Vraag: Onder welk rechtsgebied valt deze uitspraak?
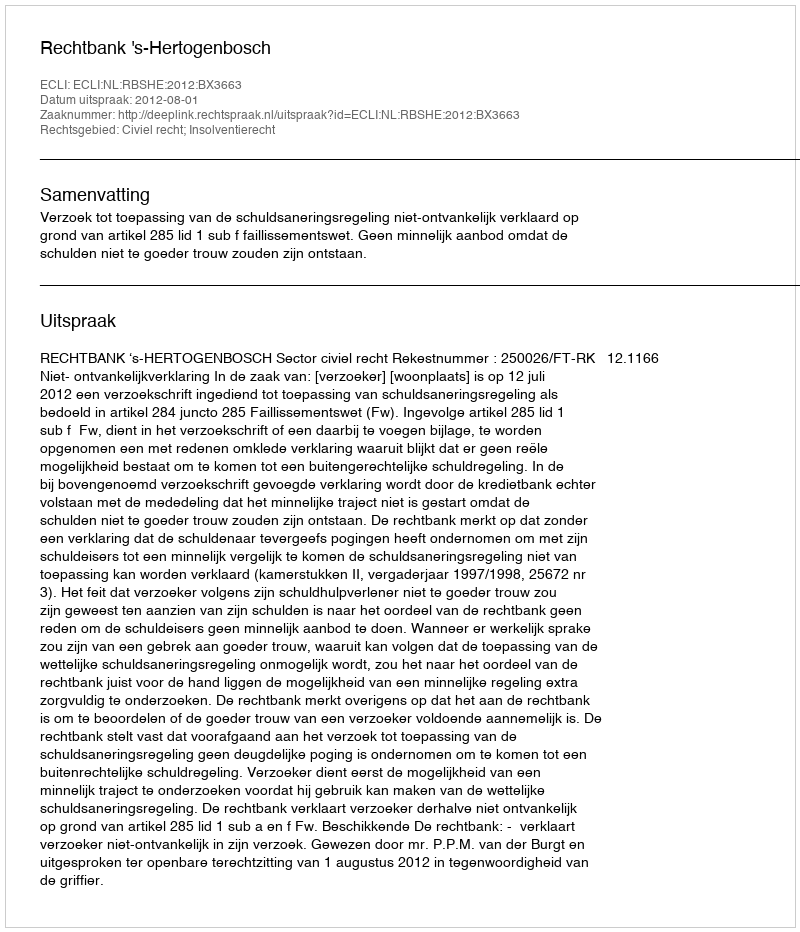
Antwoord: Civiel recht; Insolventierecht